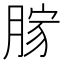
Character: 𦜸